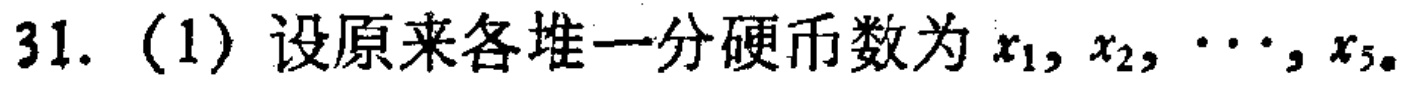
31. (1) 设原来各堆一分硬币数为 \(x_1, x_2, \cdots, x_5\)。